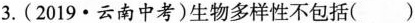
3.(2019\cdot 云南中考)生物多样性不包括()